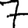
Digit: 7